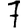
Digit: 7